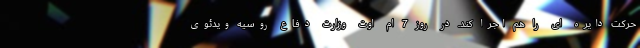
حرکت دایره ای را هم اجرا کند. در روز 7 ام اوت وزارت دفاع روسیه ویدئوی